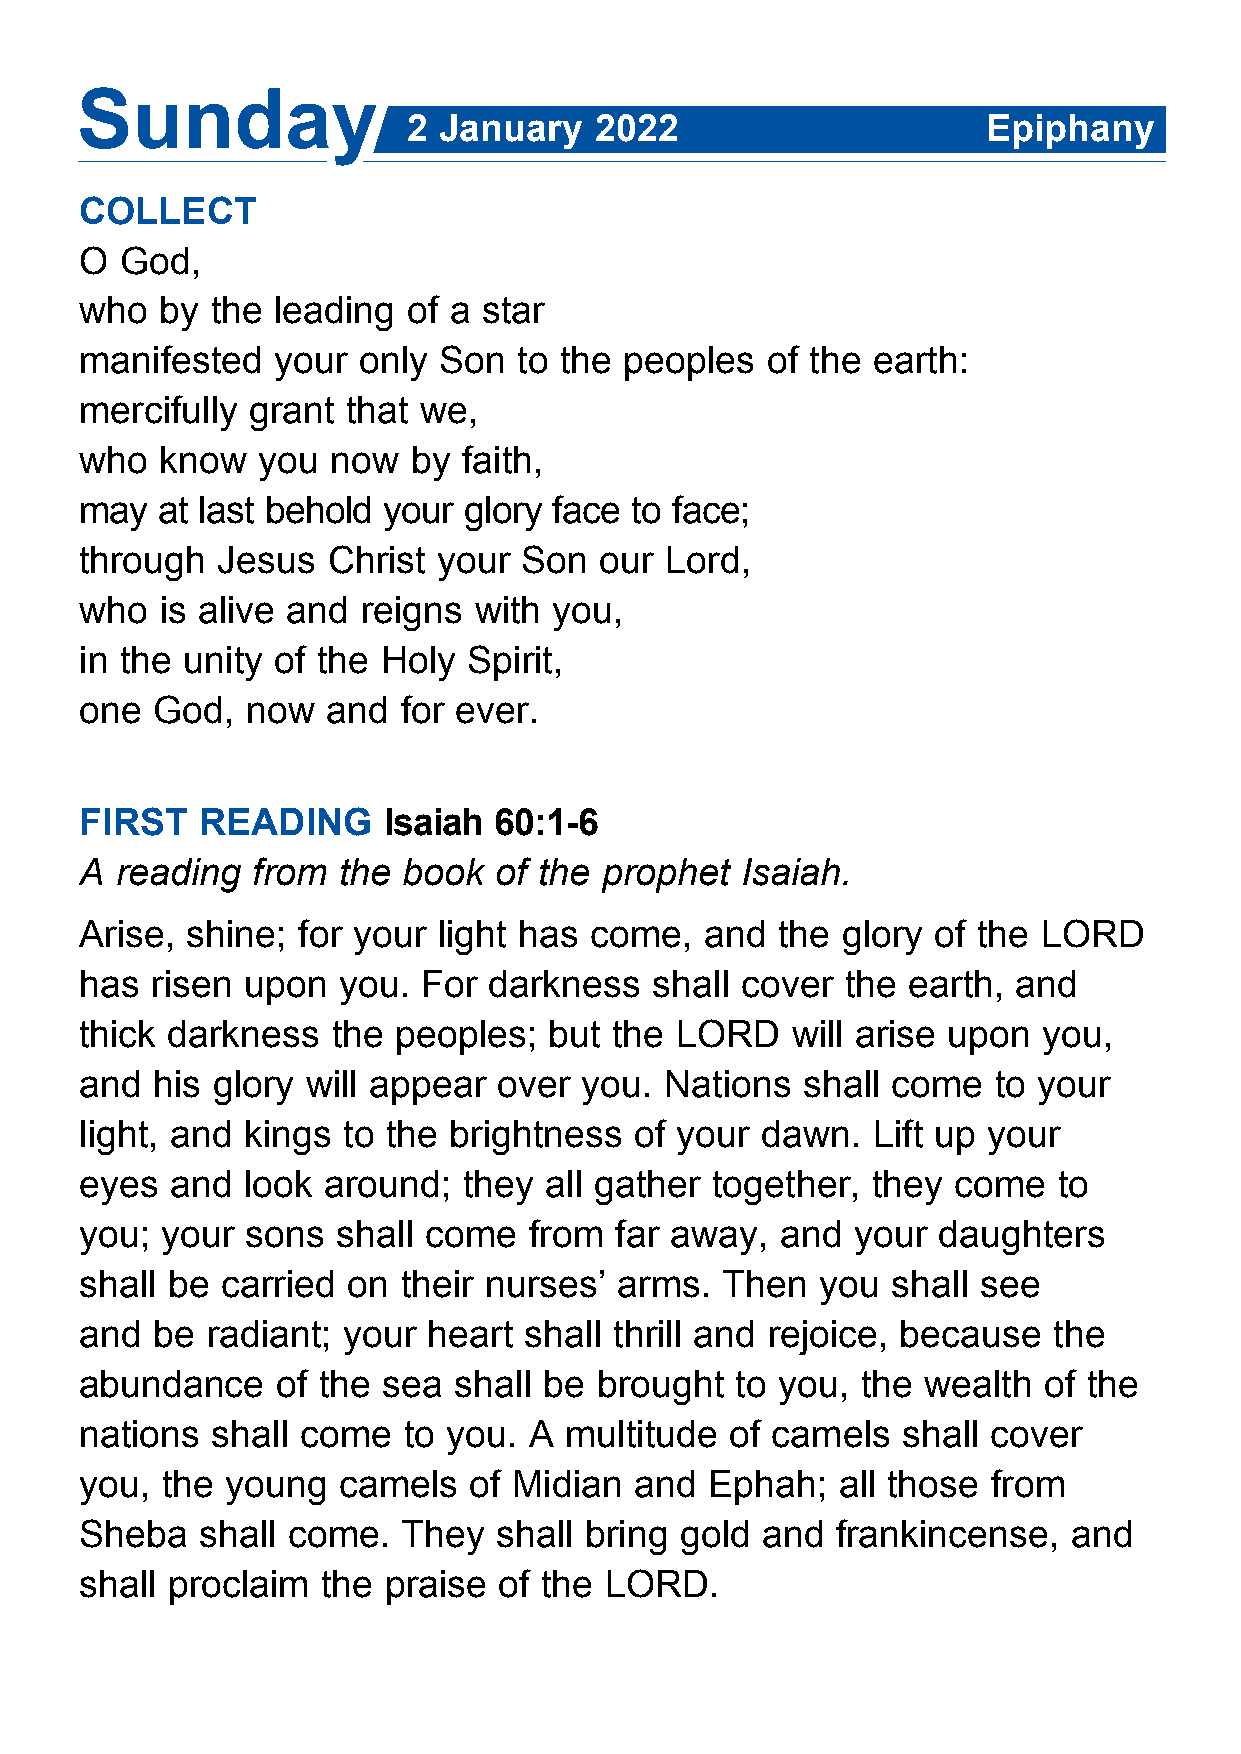
Sunday
 2 January   2022                      Epiphany
 COLLECT
 O  God,
 who   by the leading  of a star
 manifested   your  only Son  to the peoples   of the earth:
 mercifully grant  that we,
 who   know  you  now  by  faith,
 may  at last behold your  glory face to face;
 through  Jesus   Christ your  Son  our Lord,
 who   is alive and reigns with  you,
 in the unity of the Holy  Spirit,
 one  God,  now   and  for ever.
 FIRST   READING     Isaiah  60:1-6
 A  reading  from the  book  of the prophet  Isaiah.
 Arise, shine;  for your light has come,   and the  glory of the LORD
 has  risen upon  you.  For darkness   shall cover  the earth, and
 thick darkness   the peoples;  but  the LORD   will arise upon  you,
 and  his glory will appear  over  you. Nations  shall come   to your
 light, and kings  to the brightness  of your dawn.   Lift up your
 eyes  and  look around;   they all gather together,  they come   to
 you;  your sons  shall come   from  far away,  and  your daughters
 shall be  carried on  their nurses’ arms.  Then  you  shall see
 and  be  radiant; your heart  shall thrill and rejoice, because  the
 abundance    of the sea  shall be brought   to you, the wealth  of the
 nations  shall come   to you. A multitude  of camels   shall cover
 you,  the young  camels   of Midian  and  Ephah;  all those  from
 Sheba   shall come.   They  shall bring gold and  frankincense,   and
 shall proclaim  the praise  of the LORD.